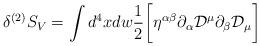
LaTeX: \begin{align*}\delta^{(2)} S_{V} = \int d^4 x d w \frac{1}{2}\biggl[ \eta^{\alpha\beta} \partial_{\alpha} {\cal D}^{\mu} \partial_{\beta} {\cal D}_{\mu} \biggr]\end{align*}